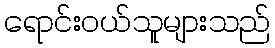
ရောင်းဝယ်သူများသည်